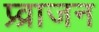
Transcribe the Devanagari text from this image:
प्र्व्राजन